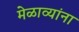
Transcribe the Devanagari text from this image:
मेळाव्यांना